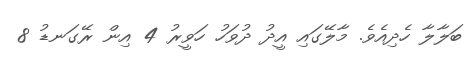
ބަލާލާ ހެދިއެވެ. މާލޭގައި އީދު ދުވަހު ހަވީރު 4 އިން ރޭގަނޑު 8